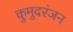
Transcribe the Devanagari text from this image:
कुमुदरंजन